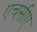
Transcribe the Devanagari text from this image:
एचसीए